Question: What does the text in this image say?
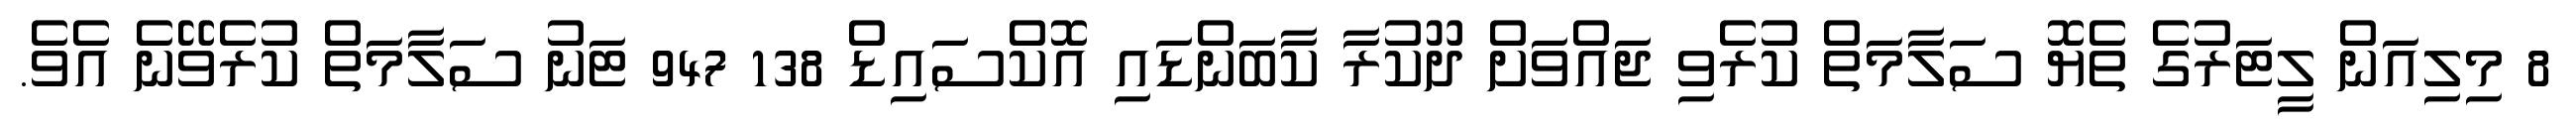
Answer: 8 މިލިއަން ލީޓަރުގެ ތެޔޮ ސަލާމަތް ކުރެވި ޖައްވަށް ދޫކުރާ ކާބަންޑައި އޮކްސައިޑް 138 947 ޓަނު ސަލާމަތް ކުރެވޭނެ އެވެ.